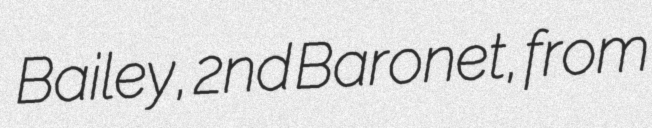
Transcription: Bailey, 2nd Baronet, from